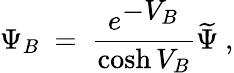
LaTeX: \Psi_{B}\ =\ \frac{e^{\displaystyle-V_{B}}}{\cosh V_{B}}\widetilde\Psi\ ,